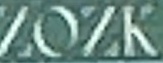
ZOZK